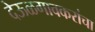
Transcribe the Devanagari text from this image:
देऊळगावकरांचा